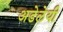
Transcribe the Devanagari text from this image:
अडेलेयी